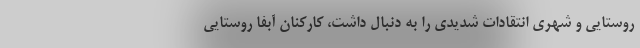
روستایی و شهری انتقادات شدیدی را به دنبال داشت، کارکنان آبفا روستایی